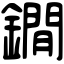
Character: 鐗